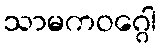
သာမကဝဂ္ဂေါ